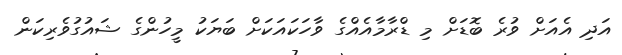
އަދި އެއަށް ވުރެ ބޮޑަށް މި ޑްރާމާއެއްގެ ވާހަކައަކަށް ބަޔަކު މީހުންގެ ޝައުގުވެރިކަން